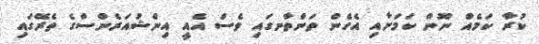
ކުރާ ކަމެއް ނޫން ކަމަށާއި އެހެން ތަންތާނގައި ވެސް އެއީ އިންޝުއަރެންސްގެ ތެރޭގައި